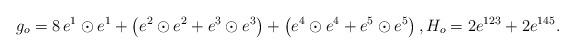
LaTeX: \begin{align*}g_o = 8\, e^1\odot e^1 + \left(e^2\odot e^2 + e^3 \odot e^3 \right) + \left(e^4\odot e^4 + e^5 \odot e^5 \right), H_o = 2e^{123} + 2e^{145}.\end{align*}